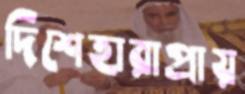
দিশেহারাপ্রায়